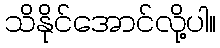
သိနိုင်အောင်လို့ပါ။